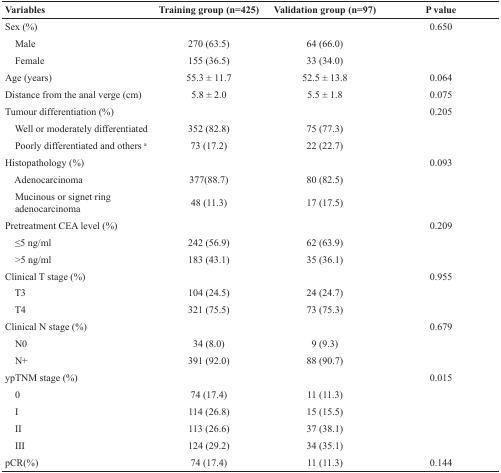
<table><thead><tr><td><b>Variables</b></td><td><b>Training group (n=425)</b></td><td><b>Validation group (n=97)</b></td><td><b>P value</b></td></tr></thead><tbody><tr><td>Sex (%)</td><td></td><td></td><td>0.650</td></tr><tr><td> Male</td><td>270 (63.5)</td><td>64 (66.0)</td><td></td></tr><tr><td> Female</td><td>155 (36.5)</td><td>33 (34.0)</td><td></td></tr><tr><td>Age (years)</td><td>55.3 ± 11.7</td><td>52.5 ± 13.8</td><td>0.064</td></tr><tr><td>Distance from the anal verge (cm)</td><td>5.8 ± 2.0</td><td>5.5 ± 1.8</td><td>0.075</td></tr><tr><td>Tumour differentiation (%)</td><td></td><td></td><td>0.205</td></tr><tr><td> Well or moderately differentiated</td><td>352 (82.8)</td><td>75 (77.3)</td><td></td></tr><tr><td> Poorly differentiated and others <sup>a</sup></td><td>73 (17.2)</td><td>22 (22.7)</td><td></td></tr><tr><td>Histopathology (%)</td><td></td><td></td><td>0.093</td></tr><tr><td> Adenocarcinoma</td><td>377(88.7)</td><td>80 (82.5)</td><td></td></tr><tr><td> Mucinous or signet ring adenocarcinoma</td><td>48 (11.3)</td><td>17 (17.5)</td><td></td></tr><tr><td>Pretreatment CEA level (%)</td><td></td><td></td><td>0.209</td></tr><tr><td> ≤5 ng/ml</td><td>242 (56.9)</td><td>62 (63.9)</td><td></td></tr><tr><td> &gt;5 ng/ml</td><td>183 (43.1)</td><td>35 (36.1)</td><td></td></tr><tr><td>Clinical T stage (%)</td><td></td><td></td><td>0.955</td></tr><tr><td> T3</td><td>104 (24.5)</td><td>24 (24.7)</td><td></td></tr><tr><td> T4</td><td>321 (75.5)</td><td>73 (75.3)</td><td></td></tr><tr><td>Clinical N stage (%)</td><td></td><td></td><td>0.679</td></tr><tr><td> N0</td><td>34 (8.0)</td><td>9 (9.3)</td><td></td></tr><tr><td> N+</td><td>391 (92.0)</td><td>88 (90.7)</td><td></td></tr><tr><td>ypTNM stage (%)</td><td></td><td></td><td>0.015</td></tr><tr><td> 0</td><td>74 (17.4)</td><td>11 (11.3)</td><td></td></tr><tr><td> I</td><td>114 (26.8)</td><td>15 (15.5)</td><td></td></tr><tr><td> II</td><td>113 (26.6)</td><td>37 (38.1)</td><td></td></tr><tr><td> III</td><td>124 (29.2)</td><td>34 (35.1)</td><td></td></tr><tr><td>pCR(%)</td><td>74 (17.4)</td><td>11 (11.3)</td><td>0.144</td></tr></tbody></table>